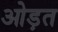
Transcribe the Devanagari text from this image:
ओड़त